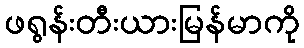
ဖရွန်းတီးယားမြန်မာကို